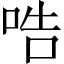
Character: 哠